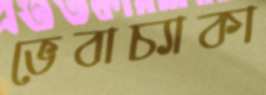
ভেবাচ্যাকা